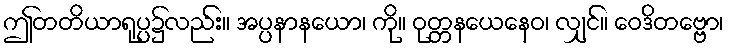
ဤတတိယာရုပ္ပ၌လည်း။ အပ္ပနာနယော၊ ကို။ ဝုတ္တနယေနေဝ၊ လျှင်။ ဝေဒိတဗ္ဗော၊